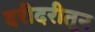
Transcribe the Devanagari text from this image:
दरीदरीतून